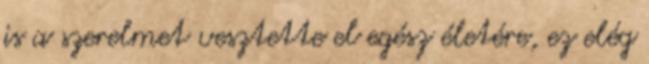
is a szerelmet vesztette el egész életére, ez elég